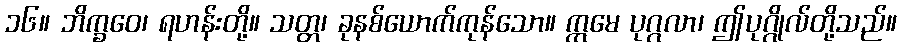
၁၆။ ဘိက္ခဝေ၊ ရဟန်းတို့။ သတ္တ၊ ခုနစ်ယောက်ကုန်သော။ ဣမေ ပုဂ္ဂလာ၊ ဤပုဂ္ဂိုလ်တို့သည်။